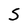
Character: S